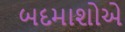
બદમાશોએ